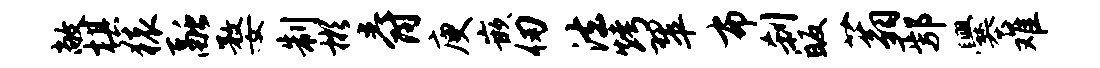
敞棋猿融婺制彬爵庾嵌仞法烤翠布刹皈蓊鄢爨难